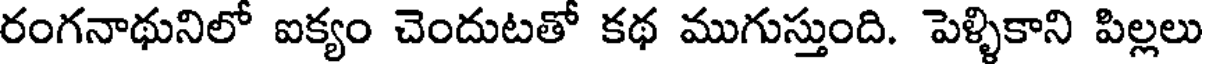
రంగనాథునిలో ఐక్యం చెందుటతో కథ ముగుస్తుంది. పెళ్ళికాని పిల్లలు